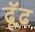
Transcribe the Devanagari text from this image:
ढूॅढ